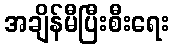
အချိန်မီပြီးစီးရေး